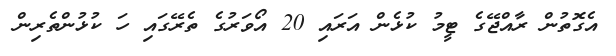
އެގޮތުން ރާއްޖޭގެ ޓީމު ކުޅެން އަރައި 20 އޯވަރުގެ ތެރޭގައި ހަ ކުޅުންތެރިން